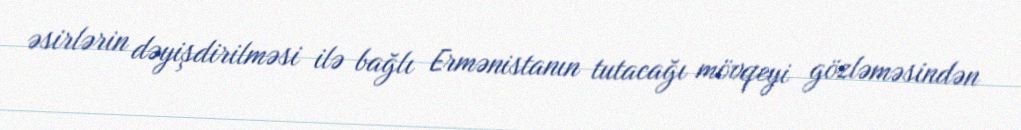
əsirlərin dəyişdirilməsi ilə bağlı Ermənistanın tutacağı mövqeyi gözləməsindən